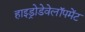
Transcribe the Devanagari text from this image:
हाइड्रोडेवेलॉपमेंट